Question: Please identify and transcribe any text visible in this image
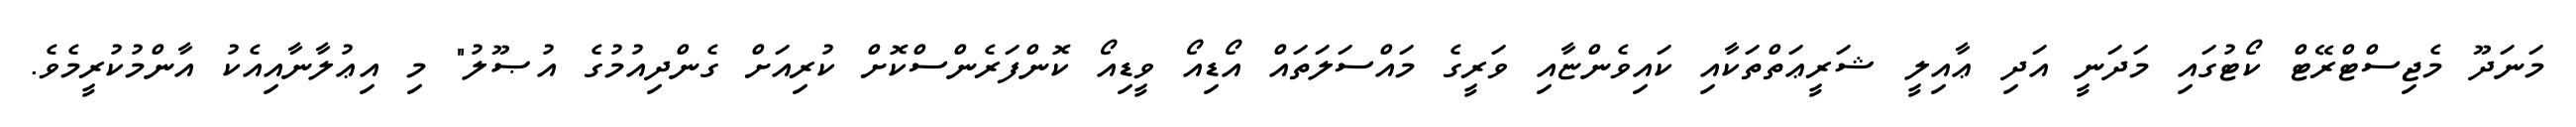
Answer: މަނަދޫ މެޖިސްޓްރޭޓް ކޯޓުގައި މަދަނީ އަދި ޢާއިލީ ޝަރީޢަތްތަކާއި ކައިވެންޏާއި ވަރީގެ މައްސަލަތައް އޯޑިއޯ ވީޑިއޯ ކޮންފަރެންސްކޮށް ކުރިއަށް ގެންދިއުމުގެ އުޞޫލު" މި އިޢުލާނާއިއެކު އާންމުކުރީމެވެ.